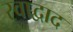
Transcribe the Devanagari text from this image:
स्वाद्वाद